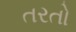
તરતો